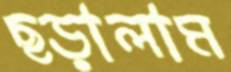
ছড়ালাম